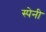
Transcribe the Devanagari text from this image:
स्‍पेनी